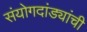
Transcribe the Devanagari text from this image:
संयोगदांड्यांची